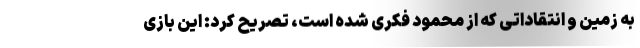
به زمین و انتقاداتی که از محمود فکری شده است، تصریح کرد: این بازی